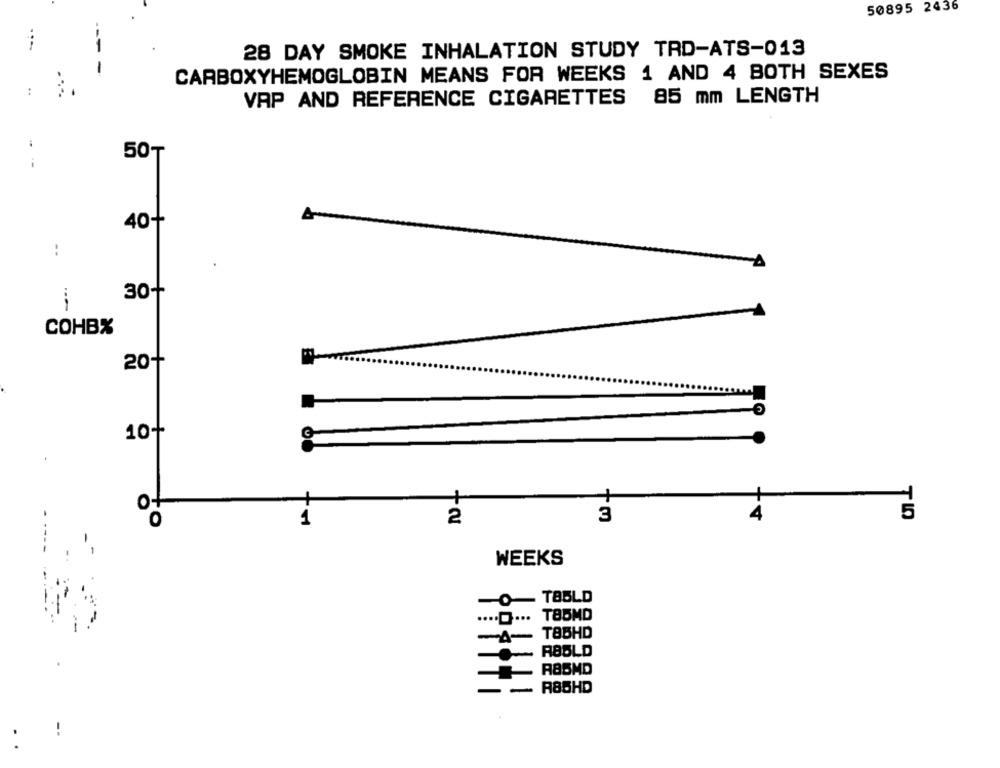
50895 2436
---
28 DAY SMOKE INHALATION STUDY TRD-ATS-013
-
CARBOXYHEMOGLOBIN MEANS FOR WEEKS 1 AND 4 BOTH SEXES
VAP AND REFERENCE CIGARETTES 85 mm LENGTH
50-
40+
:
30+
COHB%
20+
10+
of
5
-
1
2
3
4
WEEKS
-O- T8BLD
........
T85MD
-A-
TBBHD
RBBLD
-
R8SMD
R85HD